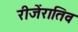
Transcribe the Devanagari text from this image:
रीजेंरातिव